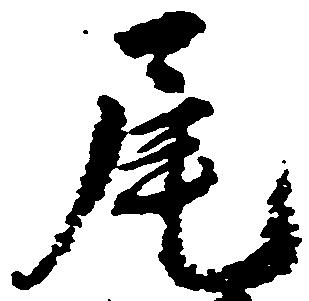
尾